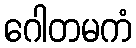
ဂေါတမကံ